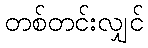
တစ်တင်းလျှင်